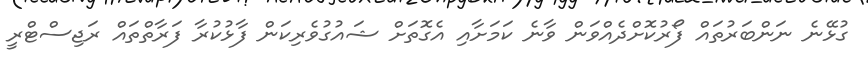
ގުޅޭނެ ނަންބަރުތައް ފޯރުކޮށްދެއްވަން ވާނެ ކަމަށާއި އެގޮތަށް ޝައުގުވެރިކަން ފާޅުކުރާ ފަރާތްތައް ރަޖިސްޓްރީ